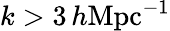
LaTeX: k>3\, h\textrm{Mpc}{^{-1}}